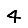
Digit: 4